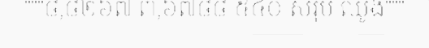
"""៨,៨២៦៧ ៣,៦៧៨៨ ៥៤០ សរុប ឈូង"""